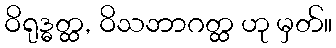
ဝိရုဒ္ဓတ္ထ, ဝိသဘာဂတ္ထ ဟု မှတ်။